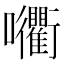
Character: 𡆚